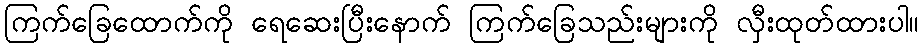
ကြက်ခြေထောက်ကို ရေဆေးပြီးနောက် ကြက်ခြေသည်းများကို လှီးထုတ်ထားပါ။